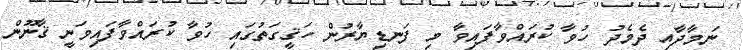
ނަމާދާއި ދެމެދު ހުވާ ކުރައްވާފައިވާ މި ފަނޑިޔާރުން ހަޤީގަތުގައި ހުވާ ކުރައްވާފައިވަނީ ޤާނޫން